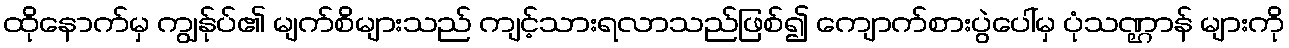
ထိုနောက်မှ ကျွန်ုပ်၏ မျက်စိများသည် ကျင့်သားရလာသည်ဖြစ်၍ ကျောက်စားပွဲပေါ်မှ ပုံသဏ္ဌာန် များကို